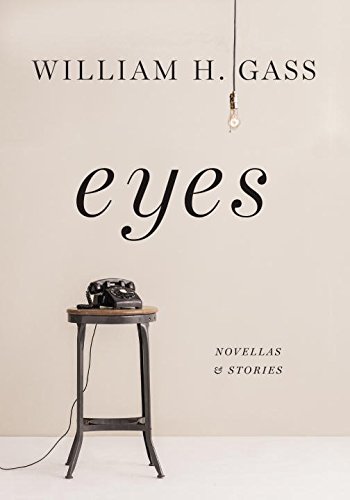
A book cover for Eyes: Novellas and Stories; William H. Gass; Literature & Fiction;